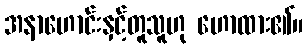
အနာဟောင်းနှင့်တူသူဟု ဟောထား၏။